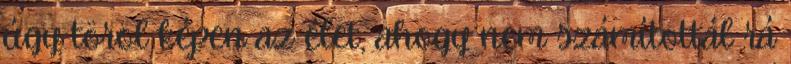
úgy töröl képen az élet, ahogy nem számítottál rá